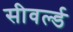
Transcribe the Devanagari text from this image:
सीवर्ल्ड